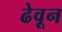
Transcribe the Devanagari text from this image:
ढेवून